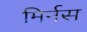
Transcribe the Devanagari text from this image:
मिर्नस